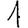
Digit: 1